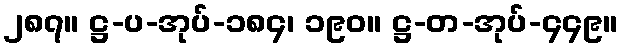
၂၈၇။ ဋ္ဌ-ပ-အုပ်-၁၈၄၊ ၁၉၀။ ဋ္ဌ-တ-အုပ်-၄၄၉။